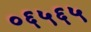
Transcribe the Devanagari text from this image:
०६५६५